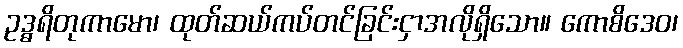
ဥဒ္ဓရိတုကာမော၊ ထုတ်ဆယ်ကပ်တင်ခြင်းငှာအလိုရှိသော။ ကောစိဒေဝ၊